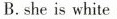
B.she is white